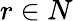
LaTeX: r\in N